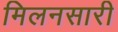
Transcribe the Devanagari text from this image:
मिलनसारी